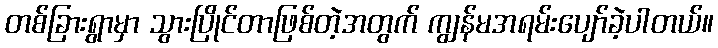
တစ်ခြားရွာမှာ သွားပြိုင်တာဖြစ်တဲ့အတွက် ကျွန်မအရမ်းပျော်ခဲ့ပါတယ်။